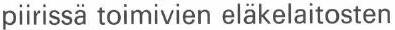
pirissä toimivien eläkelaitosten